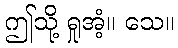
ဤသို့ ရှုအံ့။ သေ။